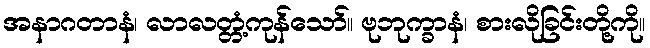
အနာဂတာနံ၊ လာလတ္တံ့ကုန်သော်။ ဗုဘုက္ခာနံ၊ စားလိုခြင်းတို့ကို။